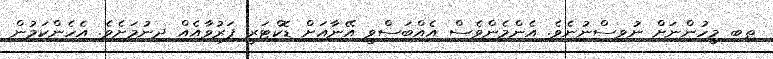
ތިބި މީހުންނަށް ނުވިސްނުނެވެ. އެންމެންވެސް އެއްބަސްވީ އޭނާއަށް ޑޮކްޓަރީ ފަރުވާއެއް ދިނުމަށެވެ. އެހެންކަމުން